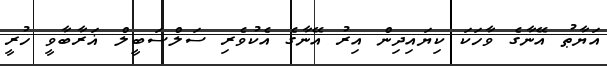
އަޔާޠު އޭނާގެ ވާހަކަ ކިޔައިދިން އިރު އޭނާގެ އެކުވެރި ސަލްސަބީލް ޣަރާބާވީ ހުރީ